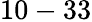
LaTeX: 10-33